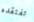
تفتقده